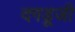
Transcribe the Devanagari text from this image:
दगडूजी